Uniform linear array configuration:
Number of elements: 64
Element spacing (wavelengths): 1
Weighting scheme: cosine
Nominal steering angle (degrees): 15
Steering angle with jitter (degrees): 16.472
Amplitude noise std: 0.05
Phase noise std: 0.05

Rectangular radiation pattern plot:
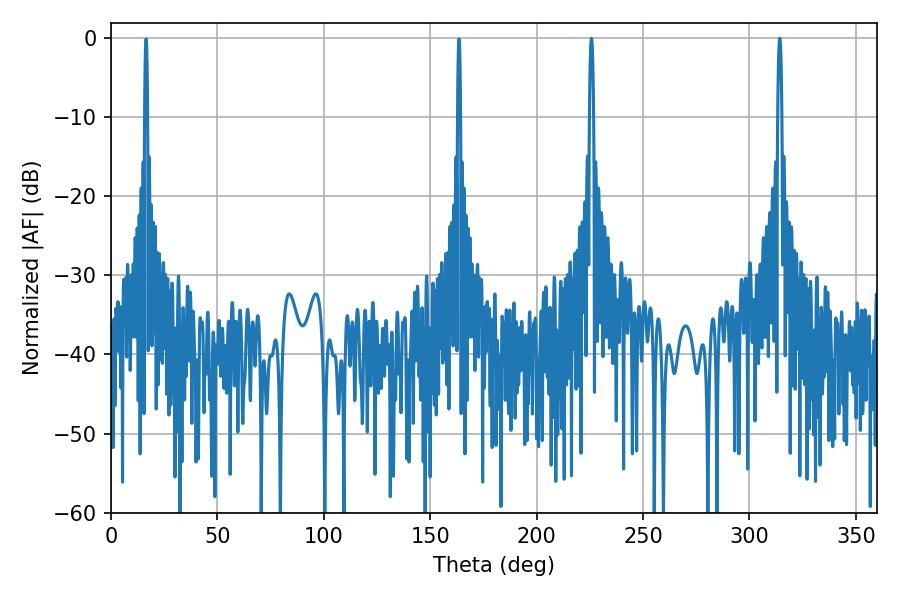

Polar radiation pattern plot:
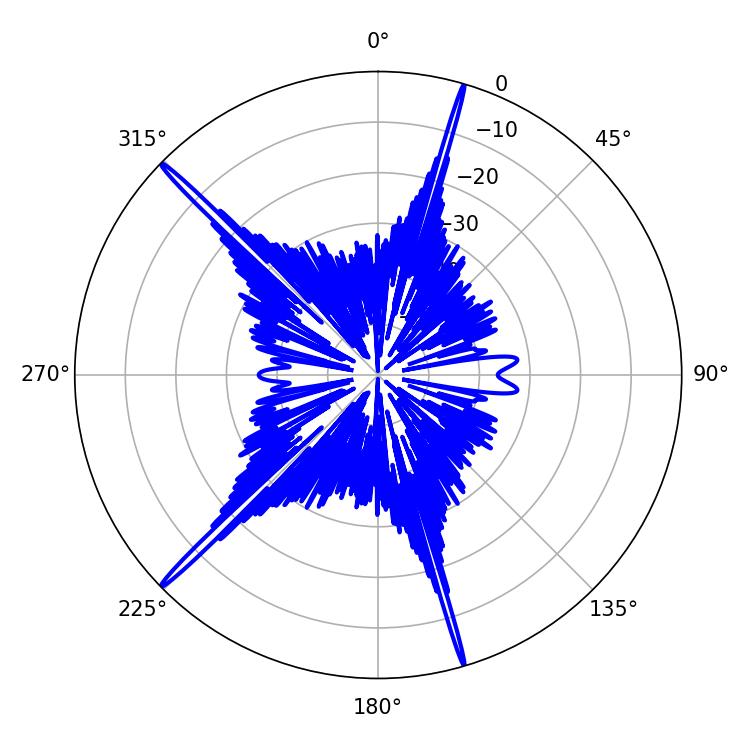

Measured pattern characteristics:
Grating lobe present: TRUE
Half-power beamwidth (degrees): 1.08
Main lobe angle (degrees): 314.28